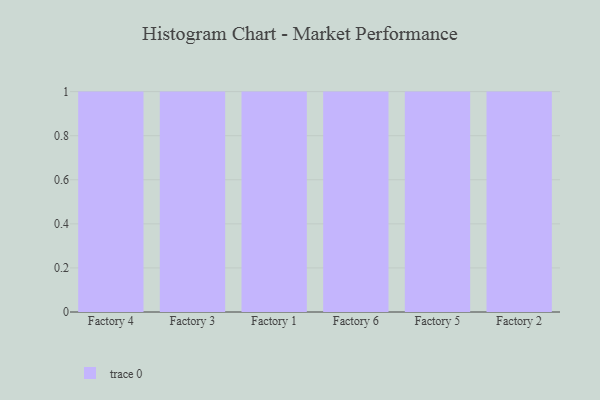
{"axis": {"x": "Factory", "y": "Active Users"}, "legend": [""], "data": [{"x": "Factory 4", "y": 53, "type": ""}, {"x": "Factory 3", "y": 60, "type": ""}, {"x": "Factory 1", "y": 21, "type": ""}, {"x": "Factory 6", "y": 9, "type": ""}, {"x": "Factory 5", "y": 21, "type": ""}, {"x": "Factory 2", "y": 93, "type": ""}]}